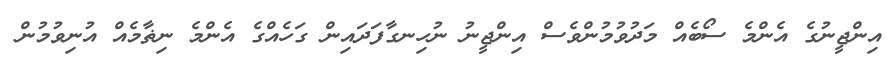
އިންޖީނުގެ އެންމެ ސޯބެއް މަދުވުމުންވެސް އިންޖީނު ނުހިނގާފަދައިން ގަހެއްގެ އެންމެ ނިޡާމެއް އުނިވުމުން